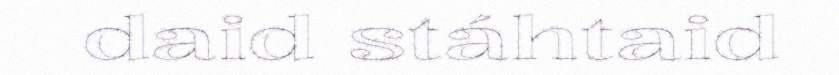
daid stáhtaid